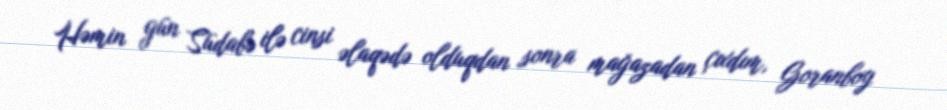
Həmin gün Südabə ilə cinsi əlaqədə olduqdan sonra mağazadan çıxdım, Goranboy